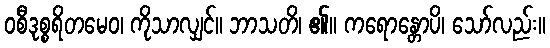
ဝစီဒုစ္စရိတမေဝ၊ ကိုသာလျှင်။ ဘာသတိ၊ ၏။ ကရောန္တောပိ၊ သော်လည်း။